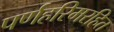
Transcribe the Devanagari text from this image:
पर्णहरिमरहित